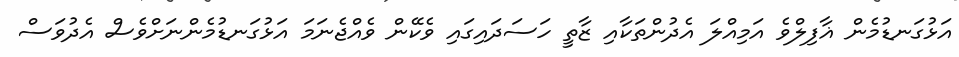
އަޅުގަނޑުމެން ޣާފިލްވެ އަމިއްލަ އެދުންތަކާއި ޒާތީ ހަސަދައިގައި ވެކޭން ވެއްޖެނަމަ އަޅުގަނޑުމެންނަށްވެސް އެދުވަސް